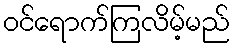
ဝင်ရောက်ကြလိမ့်မည်